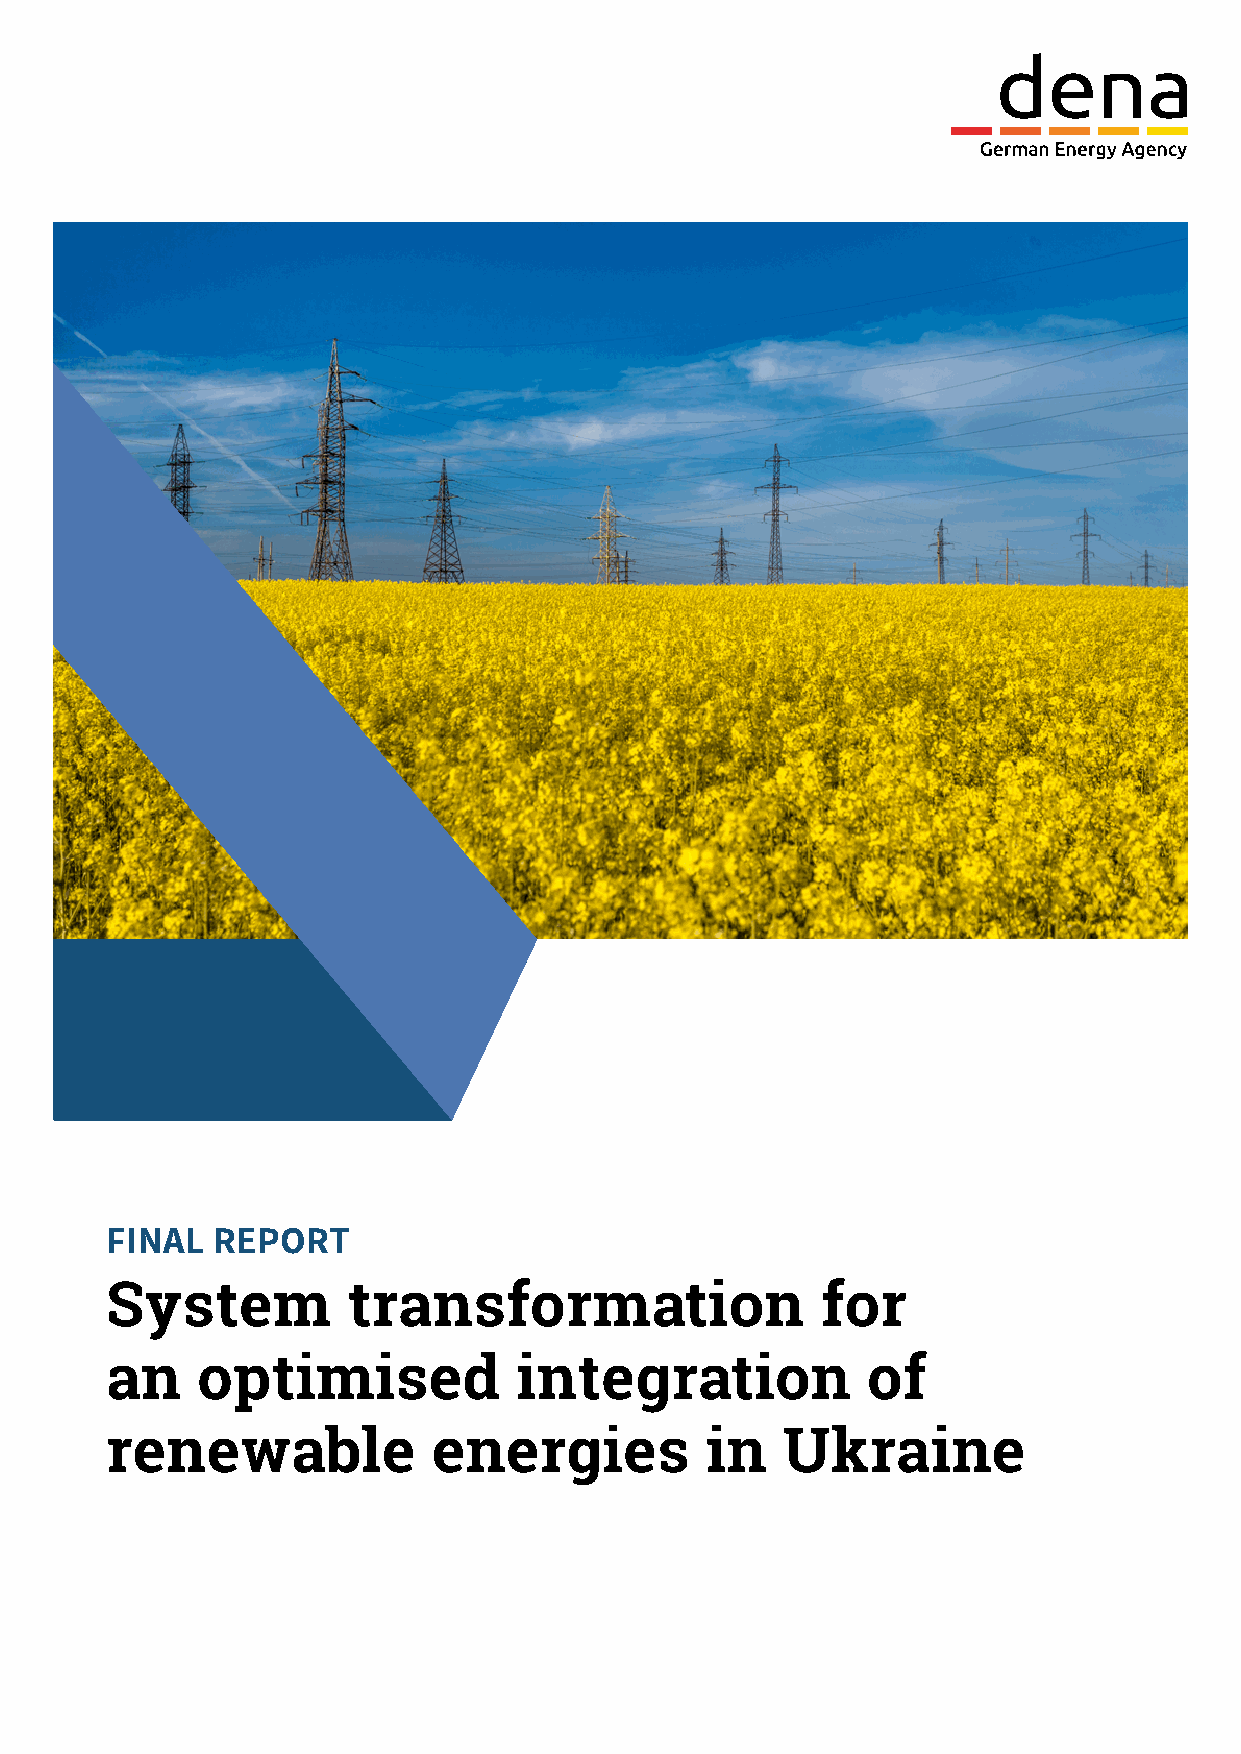
FINAL  REPORT
 System          transformation                 for
 an    ­optimised­integration­of­
 ­renewable­energies­in­Ukraine